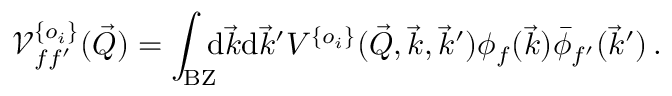
\mathcal V _ { f f ^ { \prime } } ^ { \{ o _ { i } \} } ( \vec { Q } ) = \int _ { \mathrm { B Z } } \! \! \! \mathrm { d } \vec { k } \mathrm { d } \vec { k } ^ { \prime } V ^ { \{ o _ { i } \} } ( \vec { Q } , \vec { k } , \vec { k } ^ { \prime } ) \phi _ { f } ( \vec { k } ) \bar { \phi } _ { f ^ { \prime } } ( \vec { k } ^ { \prime } ) \, \mathrm { . }